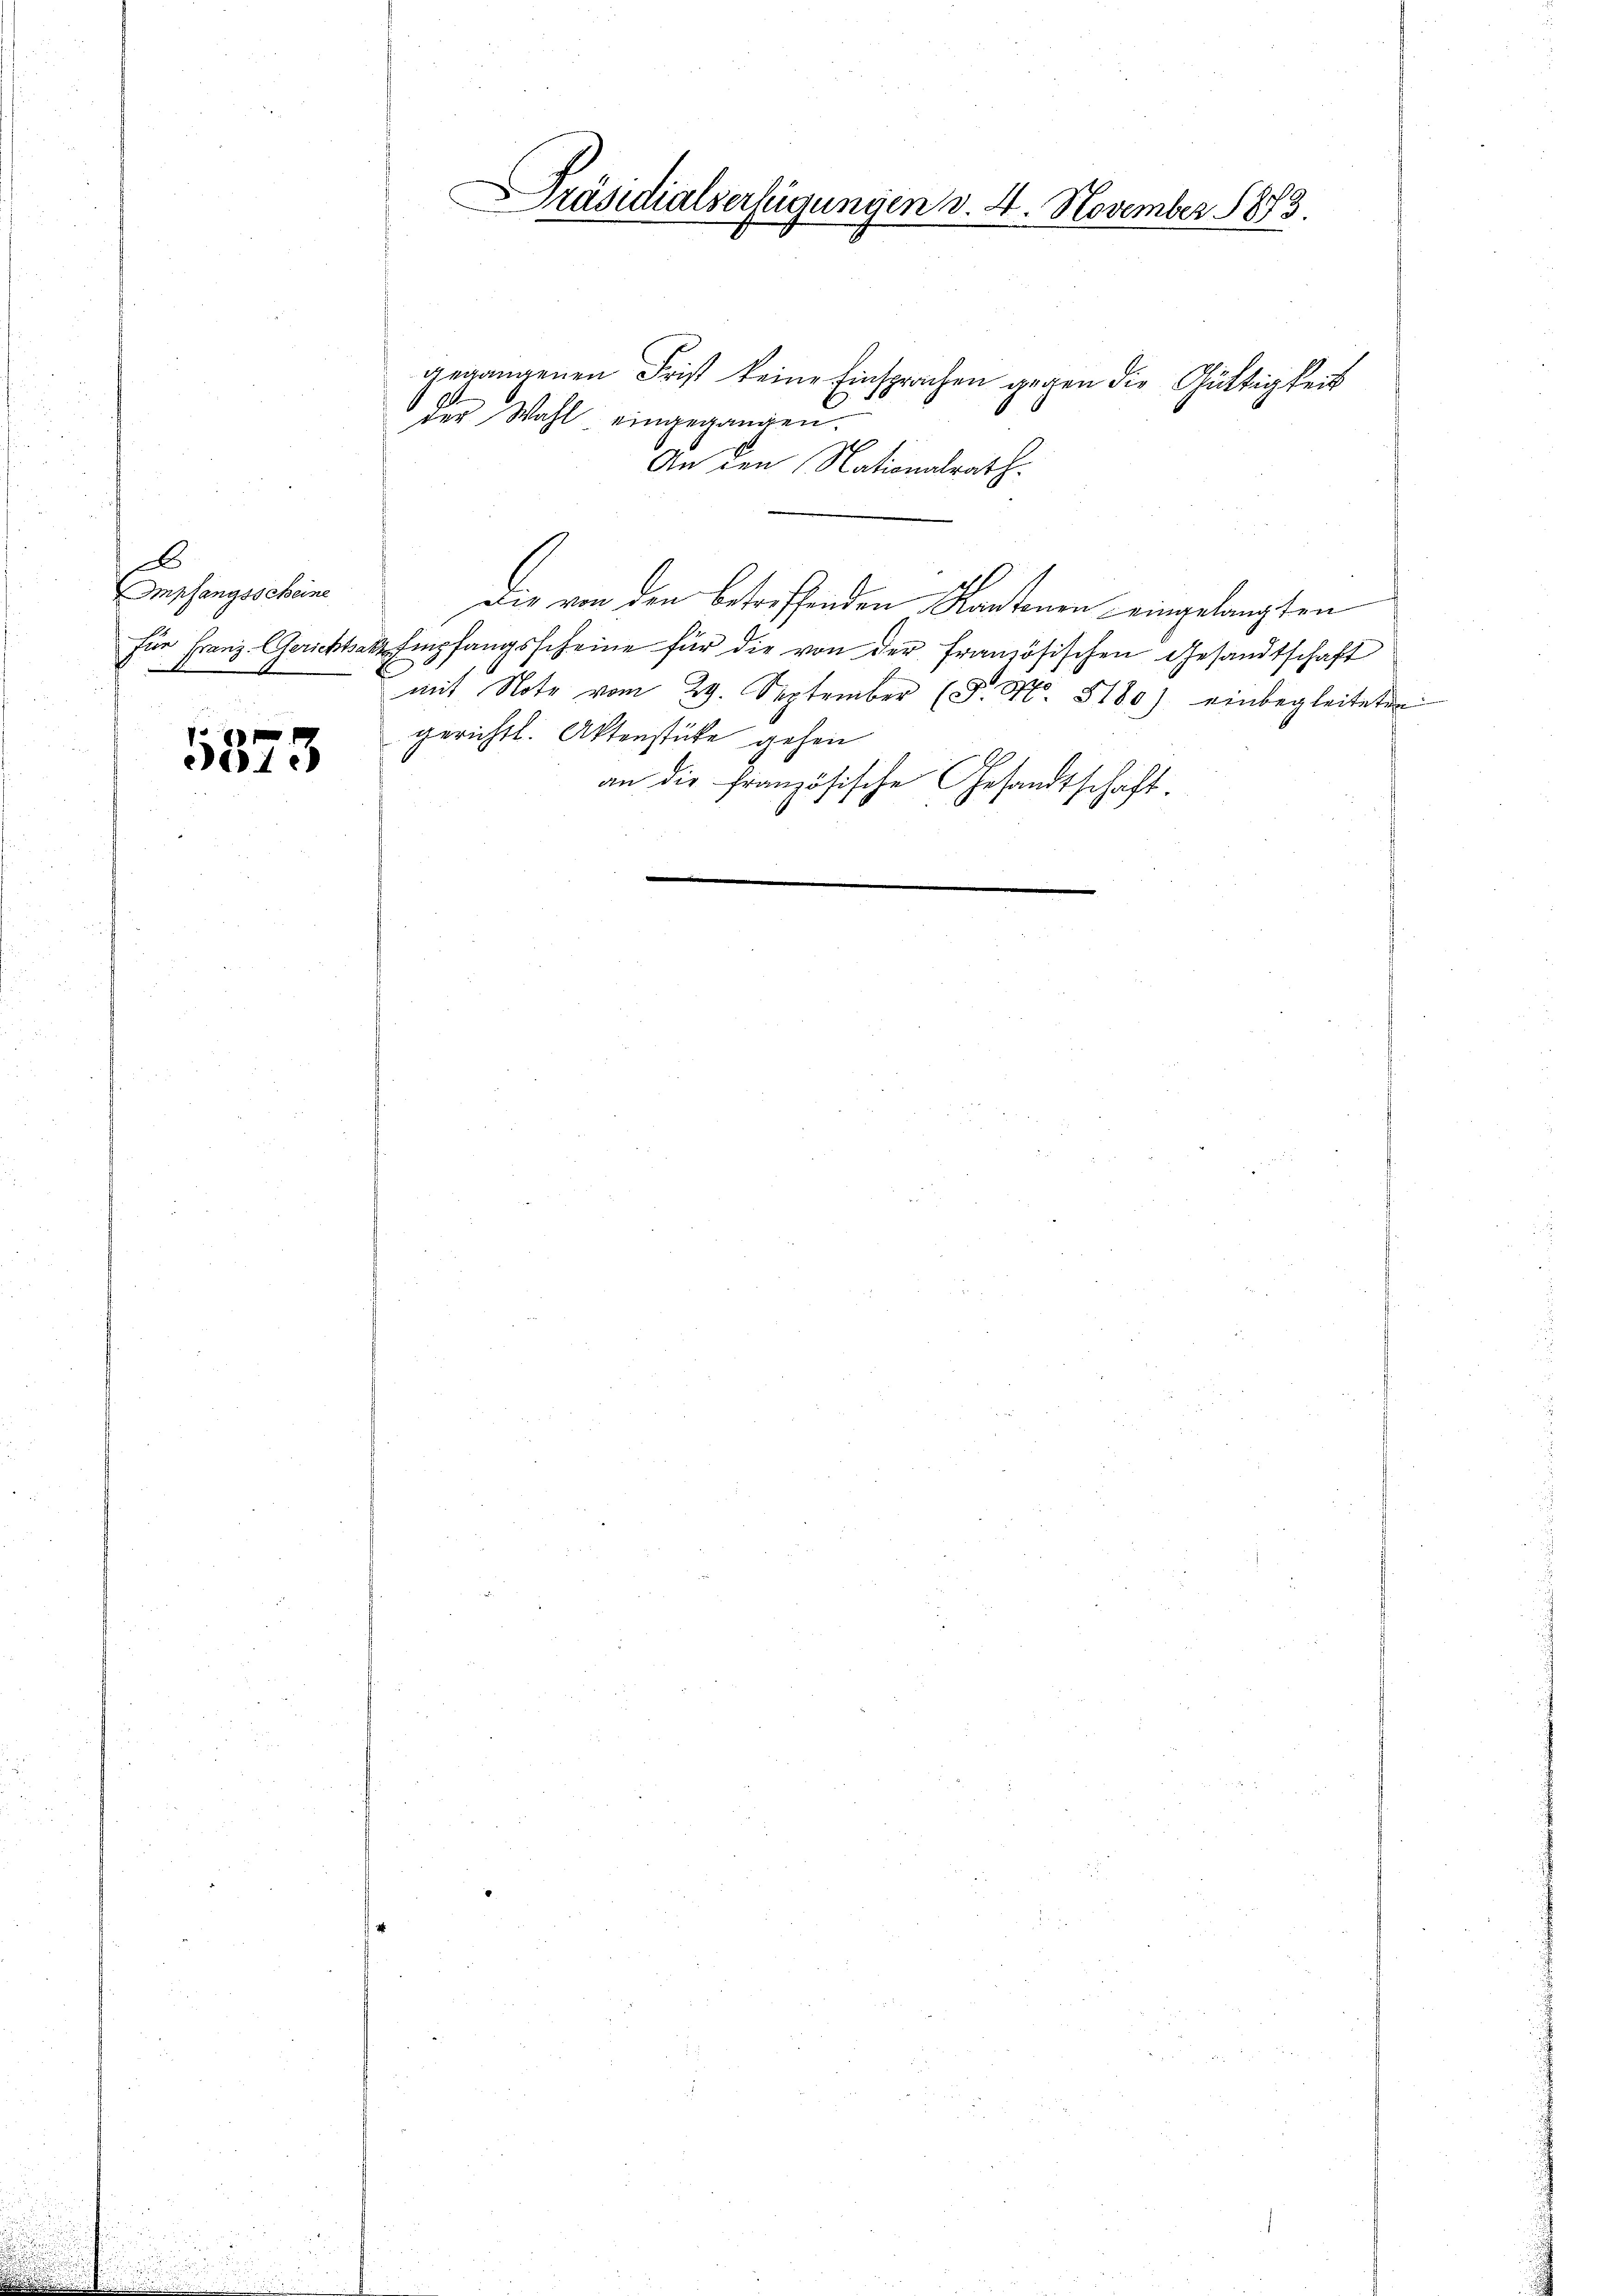
6
Empfangsscheine
für Franz-Gerichtse
t

5873

Präsidialserfügungen d. 4. November 1873.

gegangenen Frist keine Einsprachen gegen die Gültigkeit
der Wahl eingegangen.
An den Nationalrath.
Die von den betreffenden Kantonen eingelangten
& Empfangsscheine für die von der französischen Gesandtschaft
mit Note vom 29. September (T. No. 5180) einbegleiteten
gerichtl. Aktenstücke gehen
an die französische Gesandtschaft.
6
1